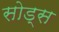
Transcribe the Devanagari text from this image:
सोड्स